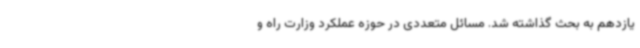
یازدهم به بحث گذاشته شد. مسائل متعددی در حوزه عملکرد وزارت راه و